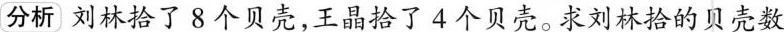
分析刘林拾了8个贝壳，王晶拾了4个贝壳。求刘林拾的贝壳数